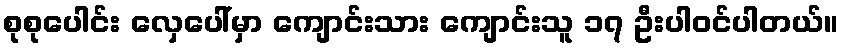
စုစုပေါင်း လှေပေါ်မှာ ကျောင်းသား ကျောင်းသူ ၁၇ ဦးပါဝင်ပါတယ်။